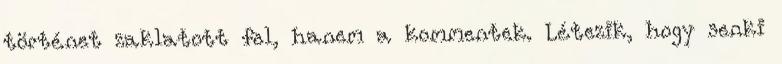
történet zaklatott fel, hanem a kommentek. Létezik, hogy senki